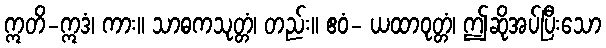
ဣတိ-ဣဒံ၊ ကား။ သာဓကသုတ္တံ၊ တည်း။ ဧဝံ- ယထာဝုတ္တံ၊ ဤဆိုအပ်ပြီးသော